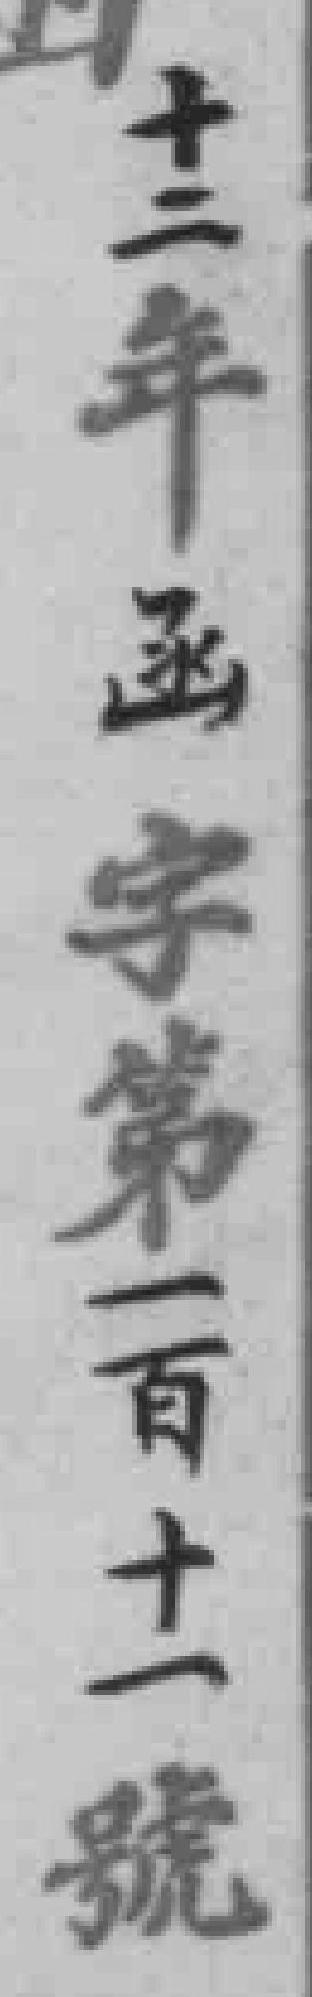
十二年函字第一百十一號